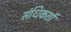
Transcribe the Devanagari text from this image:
संधिकर्ता